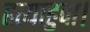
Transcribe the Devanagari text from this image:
हत्याहुवा।